Annual report on the working of the lock hospitals in the Central Provinces
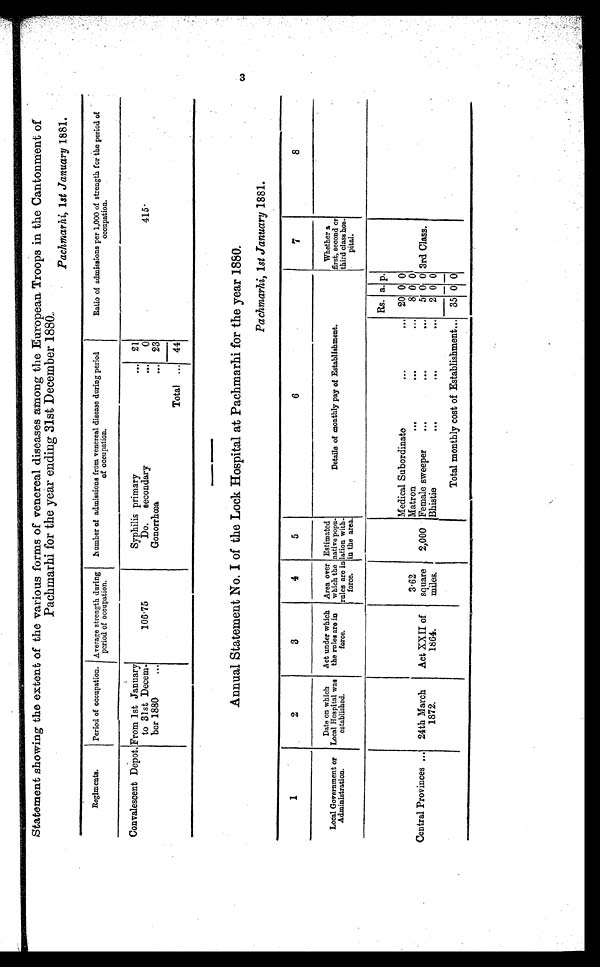
Statement showing the extent of the various forms of venereal diseases among the European Troops in the Cantonment of
Pachmarhi for the year ending 31st December 1880.
Pachmarhi, 1st January 1881.
Regiments.
Period of occupation. Average strength during
period of occupation.
Number of admissions from venereal disease during period
of occupation.
Ratio of admissions per 1,000 of strength for the period of
occupation.
Convalescent Depot. From 1st January
to 31st Decem-
ber 1880
•••
106.75
Syphilis primary
21
4 1 5 .
Do. secondary
0
Gonorrhœa
23
Total
44
Annual Statement No. I of the Lock Hospital at Pachmarhi for the year 1880.
Pachmarhi, 1st January 1881.
1
2
3
4
5
6
7
8
Local Government or
Administration.
Date on which
Local Hospital was
established.
Act under which
the rules are in
force.
Area over
which the
rules are in
force.
Estimated
native popu-
lation with-
in the area.
Details of monthly pay of Establishment.
Whether a
first, second or
third class hos-
pital.
Central Provinces ... 24th March
1872.
Act XXII of
1864.
3.62
square
miles.
2,000
Rs. a. p.
3rd Class.
Medical Subordinate
•••
... 20 0 0
Matron
...
...
...
8 0 0
Female sweeper
..,
11••
6.•
5 0 0
Bhistie
...
.••
...
2 0 0
_
Total monthly cost of Establishment... 35 0 0
3